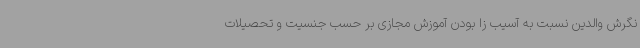
نگرش والدین نسبت به آسیب زا بودن آموزش مجازی بر حسب جنسیت و تحصیلات